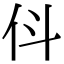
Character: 𬽫